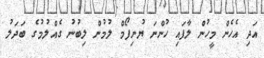
އަދި އެހެން މީހުން ލާފައި ހުންނަ ޔުނިފޯމް ލުމުން ލިބުނު ގެއްލުމުގެ ބަދަލު